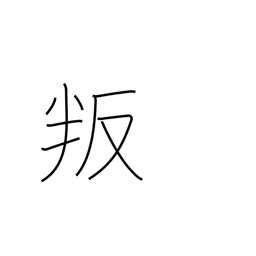
Meaning: disobey